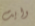
وايت